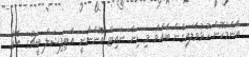
އާންމުކޮށް ހުޅުވާލައިގެން ބާއްވާ މި ޑިނާ ނައިޓް އޮންނާނީ އާޓިފިޝަލް ބީޗުގަ އެވެ.